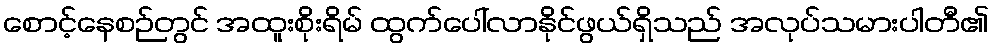
စောင့်နေစဉ်တွင် အထူးစိုးရိမ် ထွက်ပေါ်လာနိုင်ဖွယ်ရှိသည် အလုပ်သမားပါတီ၏